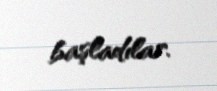
başladılar.